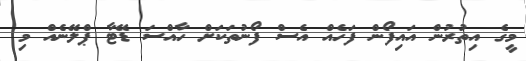
މީގެ އިތުރުން އައިފޯން ފަހެއް އެސް ފޯނުތަކަށް ހާއްސަ ޑޭޓާ ޕްލޭނެއް މި